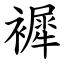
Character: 䙙